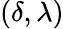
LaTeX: (\delta,\lambda)